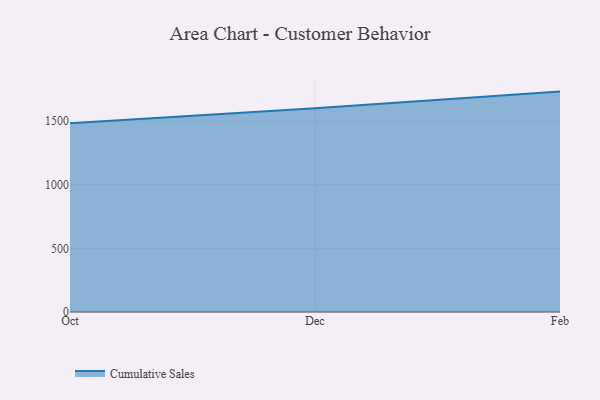
{"axis": {"x": "Month", "y": "Latency (ms)"}, "legend": ["Cumulative Sales"], "data": [{"x": "Oct", "y": 1483.3, "type": "Cumulative Sales"}, {"x": "Dec", "y": 1599.7, "type": "Cumulative Sales"}, {"x": "Feb", "y": 1731.1, "type": "Cumulative Sales"}]}